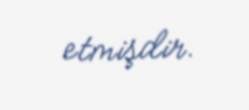
etmişdir.